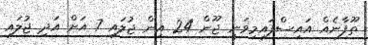
ތޫފާނެއް އައިސްފައިމިވަނީ ޖޫން 24 އިން ޖުލައި 7 އަށް އަދި ޖުލައި